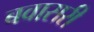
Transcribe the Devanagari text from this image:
बवासरी